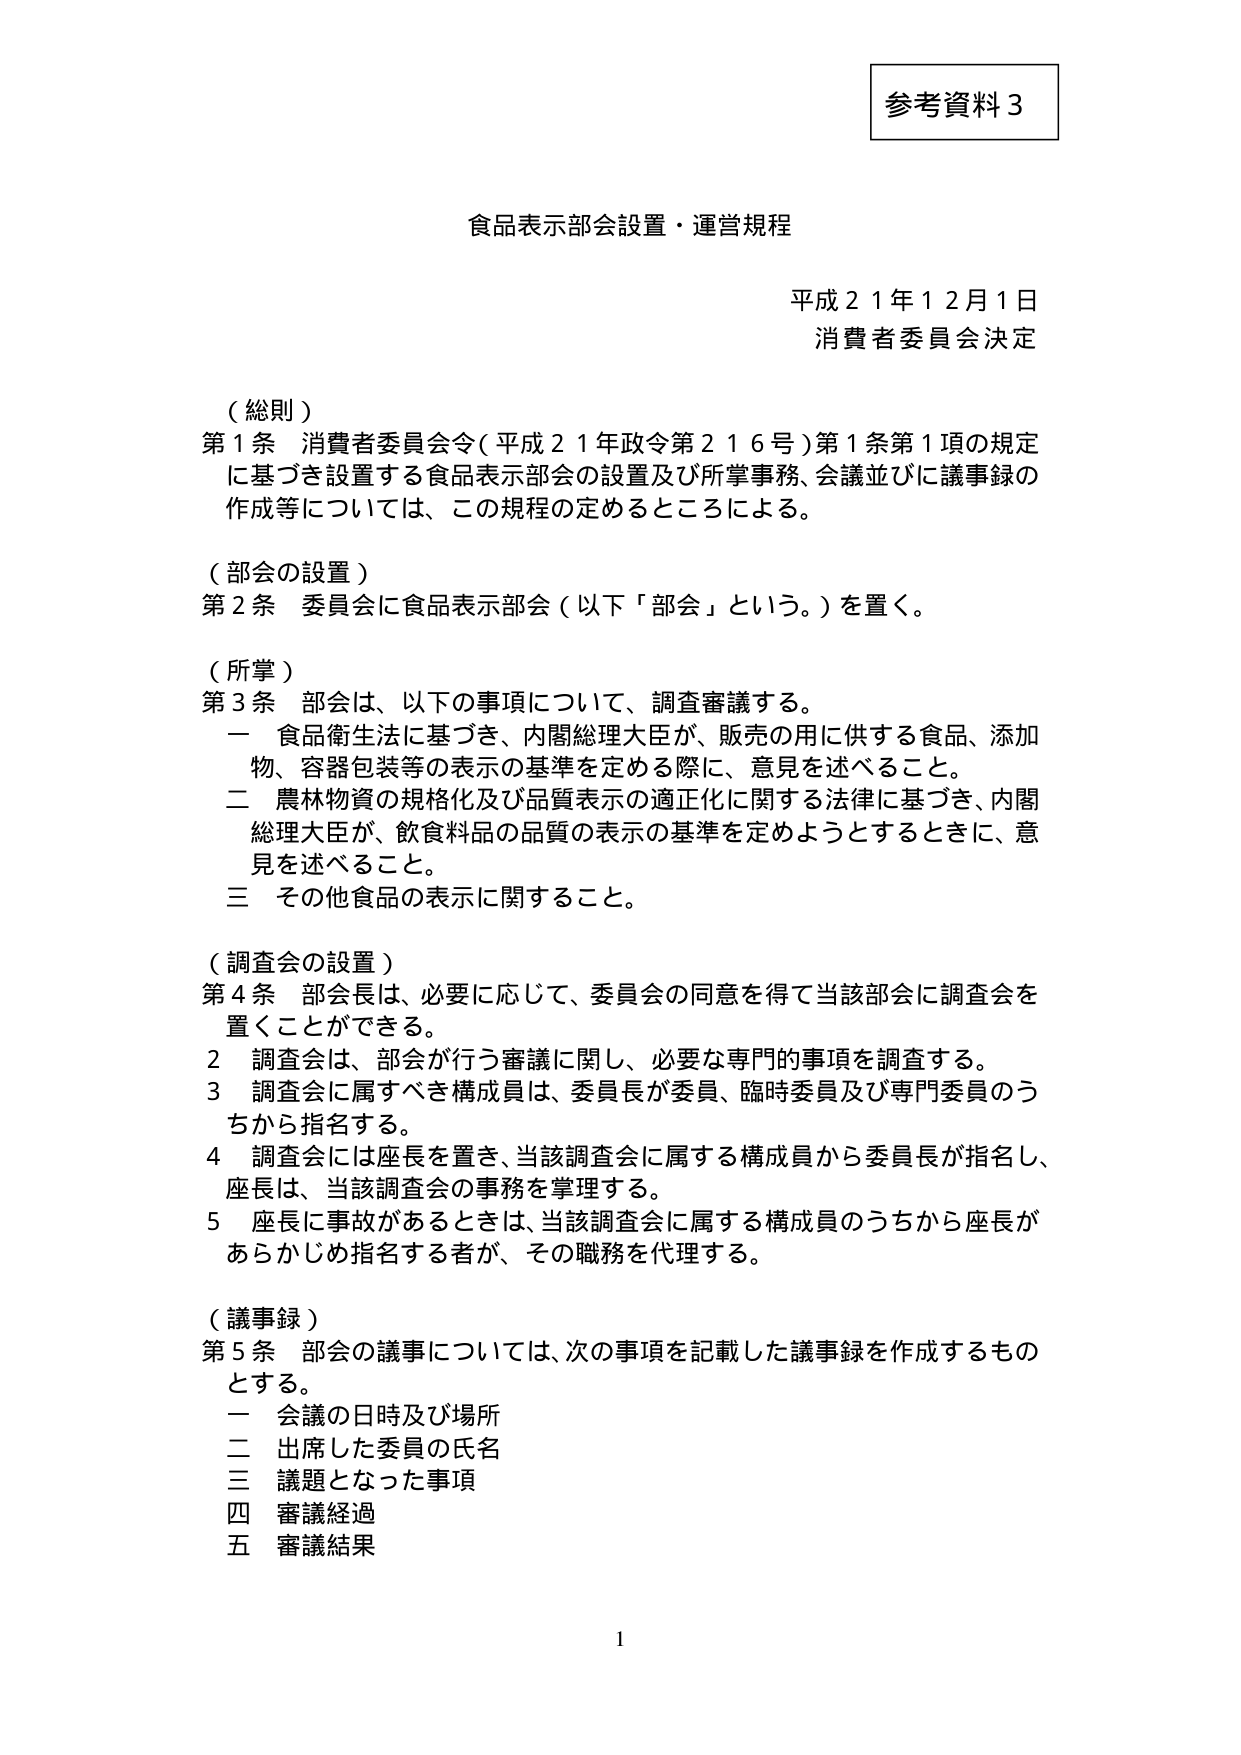
参考資料３

食品表示部会設置・運営規程

平成２１年１２月１日
消費者委員会決定

（総則）
第１条 消費者委員会令（平成２１年政令第２１６号）第１条第１項の規定に基づき設置する食品表示部会の設置及び所掌事務、会議並びに議事録の作成等については、この規程の定めるところによる。

（部会の設置）
第２条 委員会に食品表示部会（以下「部会」という。）を置く。

（所掌）
第３条 部会は、以下の事項について、調査審議する。
　一 食品衛生法に基づき、内閣総理大臣が、販売の用に供する食品、添加物、容器包装等の表示の基準を定める際に、意見を述べること。
　二 農林物資の規格化及び品質表示の適正化に関する法律に基づき、内閣総理大臣が、飲食料品の品質の表示の基準を定めようとするときに、意見を述べること。
　三 その他食品の表示に関すること。

（調査会の設置）
第４条 部会長は、必要に応じて、委員会の同意を得て当該部会に調査会を置くことができる。
　２ 調査会は、部会が行う審議に関し、必要な専門的事項を調査する。
　３ 調査会に属すべき構成員は、委員長が委員、臨時委員及び専門委員のうちから指名する。
　４ 調査会には座長を置き、当該調査会に属する構成員から委員長が指名し、座長は、当該調査会の事務を掌理する。
　５ 座長に事故があるときは、当該調査会に属する構成員のうちから座長があらかじめ指名する者が、その職務を代理する。

（議事録）
第５条 部会の議事については、次の事項を記載した議事録を作成するものとする。
　一 会議の日時及び場所
　二 出席した委員の氏名
　三 議題となった事項
　四 審議経過
　五 審議結果

1